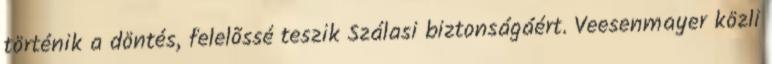
történik a döntés, felelõssé teszik Szálasi biztonságáért. Veesenmayer közli